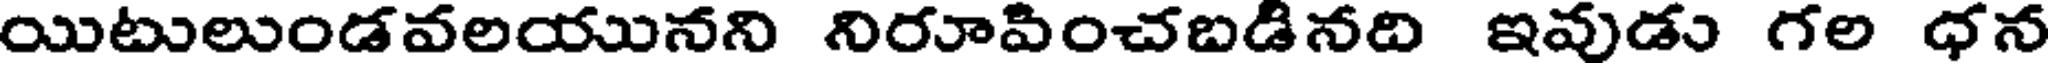
యిటులుండవలయునని నిరూవించబడినది ఇవుడు గల ధన